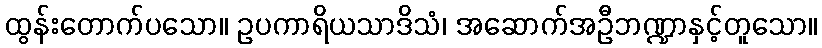
ထွန်းတောက်ပသော။ ဥပကာရိယသာဒိသံ၊ အဆောက်အဦဘဏ္ဍာနှင့်တူသော။